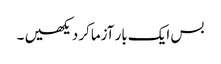
بس ایک بار آزماکر دیکھیں ۔